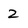
Character: 2